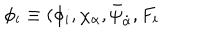
LaTeX: \phi _ { i } \equiv ( \phi _ { i } , \chi _ { \alpha } , \bar { \psi } _ { \dot { \alpha } } , F _ { i }